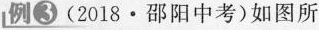
例③(2018·邵阳中考)如图所